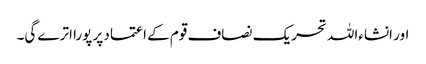
اور انشاءاللہ تحریک نصاف قوم کے اعتماد پر پورا اترے گی۔